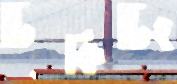
টিকিটিং